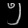
Digit: ၅